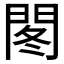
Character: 𫔠